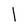
Character: l